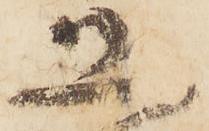
恐